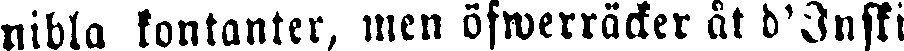
nibla kontanter, men öfwerräcker åt d'Inski